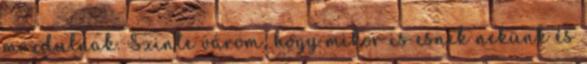
mozdulnak. Szinte várom, hogy mikor is esnek nekünk és